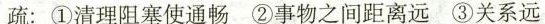
疏：①清理阻塞使通畅②事物之间距离远③关系远